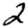
Digit: 2